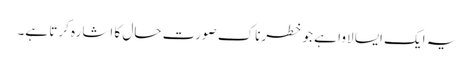
یہ ایک ایسا لاوا ہے جو خطرناک صورت حال کا اشارہ کرتا ہے۔